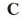
C